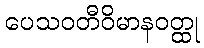
ပေသဝတီဝိမာနဝတ္ထု